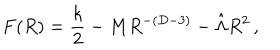
F ( R ) = { \frac { k } { 2 } } - M R ^ { - ( D - 3 ) } - \hat { \Lambda } R ^ { 2 } \, ,